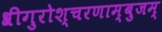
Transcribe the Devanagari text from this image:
श्रीगुरोश्चरणाम्बुजम्